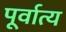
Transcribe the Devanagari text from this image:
पूर्वात्य